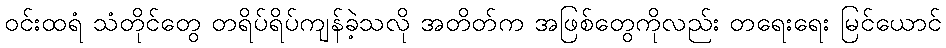
ဝင်းထရံ သံတိုင်တွေ တရိပ်ရိပ်ကျန်ခဲ့သလို အတိတ်က အဖြစ်တွေကိုလည်း တရေးရေး မြင်ယောင်